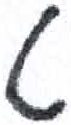
אות: ט